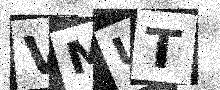
Text: VMUT